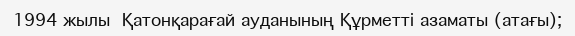
1994 жылы  Қатонқарағай ауданының Құрметті азаматы (атағы);